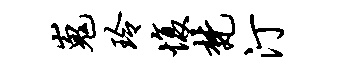
嵬玲愎梵汀